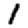
Digit: 1